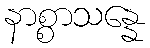
နာစ္စာသန္နေ